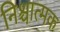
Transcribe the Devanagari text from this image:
निश्चात्मक